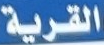
القرية